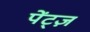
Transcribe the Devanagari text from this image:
पेंट्ज़